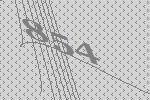
854